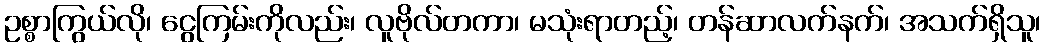
ဥစ္စာကြွယ်လို၊ ငွေကြမ်းကိုလည်း၊ လူဗိုလ်တကာ၊ မသုံးရာတည့်၊ တန်ဆာလက်နက်၊ အသက်ရှိသူ၊